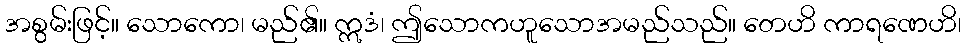
အစွမ်းဖြင့်။ သောကော၊ မည်၏။ ဣဒံ၊ ဤသောကဟူသောအမည်သည်။ တေဟိ ကာရဏေဟိ၊